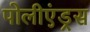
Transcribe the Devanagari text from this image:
पोलीएंड्रस